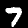
Label: 7